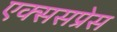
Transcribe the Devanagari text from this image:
एक्ससप्रेस